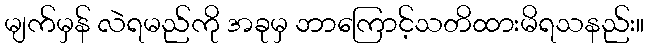
မျက်မှန် လဲရမည်ကို အခုမှ ဘာကြောင့်သတိထားမိရသနည်း။